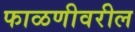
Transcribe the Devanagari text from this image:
फाळणीवरील